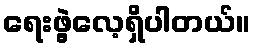
ရေးဖွဲ့လေ့ရှိပါတယ်။